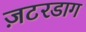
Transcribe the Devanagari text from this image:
ज़टरडाग